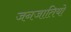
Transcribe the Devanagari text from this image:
जनजातियो